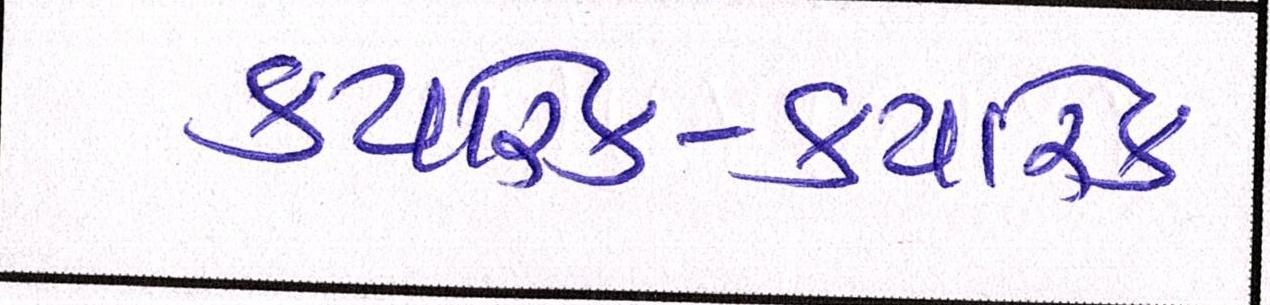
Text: ક્યારેક-ક્યારેક